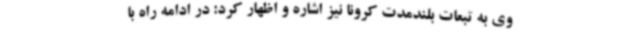
وی به تبعات بلندمدت کرونا نیز اشاره و اظهار کرد: در ادامه راه با